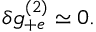
\begin{array} { r } { \delta g _ { + e } ^ { ( 2 ) } \simeq 0 . } \end{array}